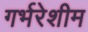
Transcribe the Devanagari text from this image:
गर्भरेशीम